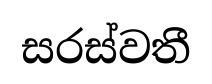
සරස්වතී